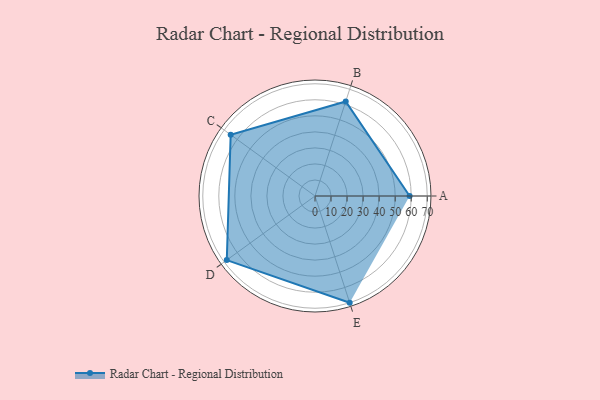
{"axis": {"x": "Skill", "y": "Score"}, "legend": ["Profile"], "data": [{"x": "A", "y": 59.0, "type": "Profile"}, {"x": "B", "y": 62.0, "type": "Profile"}, {"x": "C", "y": 65.0, "type": "Profile"}, {"x": "D", "y": 68.0, "type": "Profile"}, {"x": "E", "y": 70.0, "type": "Profile"}]}